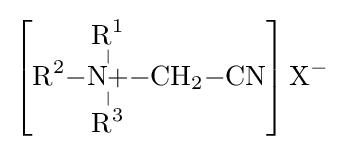
\left[{\ce {R^{2}-{\overset {\displaystyle R^{1} \atop |}{\underset {| \atop \displaystyle R^{3}}{N+}}}-CH2-CN}}\right]{\ce {X-}}